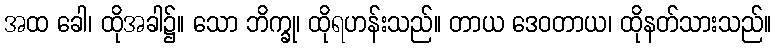
အထ ခေါ၊ ထိုအခါ၌။ သော ဘိက္ခု၊ ထိုရဟန်းသည်။ တာယ ဒေဝတာယ၊ ထိုနတ်သားသည်။